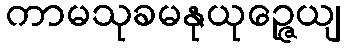
ကာမသုခမနုယုဉ္ဇေယျ